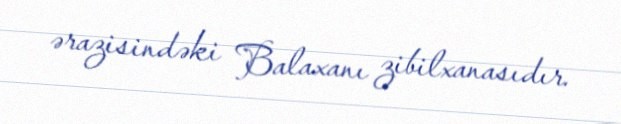
ərazisindəki Balaxanı zibilxanasıdır.